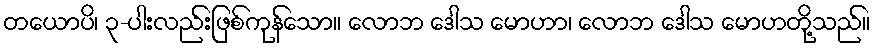
တယောပိ၊ ၃-ပါးလည်းဖြစ်ကုန်သော။ လောဘ ဒေါသ မောဟာ၊ လောဘ ဒေါသ မောဟတို့သည်။